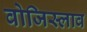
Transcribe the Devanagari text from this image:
वोजिस्लाव